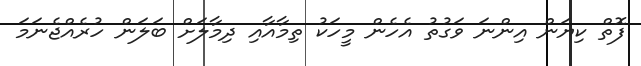
ފޮތް ކިޔަން އިންނަ ވަގުތު އެހެން މީހަކު ތިމާއާއި ދިމާލަށް ބަލަން ހުރެއްޖެނަމަ